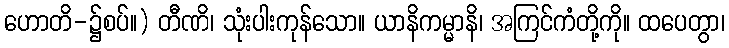
ဟောတိ-၌စပ်။) တီဏိ၊ သုံးပါးကုန်သော။ ယာနိကမ္မာနိ၊ အကြင်ကံတို့ကို။ ထပေတွာ၊